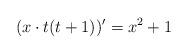
LaTeX: \begin{align*}(x\cdot t(t+1))'=x^2+1 \end{align*}